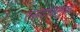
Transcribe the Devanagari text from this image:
रक्तदाबामुळे